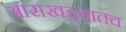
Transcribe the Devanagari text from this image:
आराखड्यातच